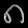
Digit: ၈